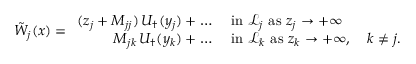
\tilde { W } _ { j } ( x ) = \begin{array} { r l } { ( z _ { j } + M _ { j j } ) \, U _ { \dagger } ( y _ { j } ) + \dots } & { \mathrm { ~ i n ~ } \mathcal { L } _ { j } \mathrm { ~ a s ~ } z _ { j } \to + \infty } \\ { M _ { j k } \, U _ { \dagger } ( y _ { k } ) + \dots } & { \mathrm { ~ i n ~ } \mathcal { L } _ { k } \mathrm { ~ a s ~ } z _ { k } \to + \infty , \quad k \ne j . } \end{array}